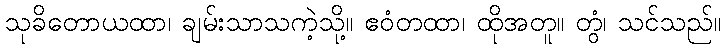
သုခိတောယထာ၊ ချမ်းသာသကဲ့သို့။ ဧဝံတထာ၊ ထိုအတူ။ တွံ၊ သင်သည်။